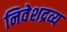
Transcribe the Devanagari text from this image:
निवेशद्रव्य